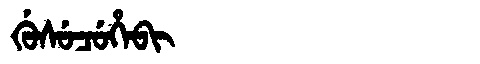
Manchu: ᡤᡠᠰᡠᠴᡠᡥᡝᠪᡳ
Romanization: GUSUCUHEBI